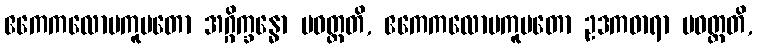
ဧကေကလောမကူပတော အဂ္ဂိက္ခန္ဓော ပဝတ္တတိ, ဧကေကလောမကူပတော ဥဒကဓာရာ ပဝတ္တတိ,